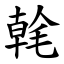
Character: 㲦